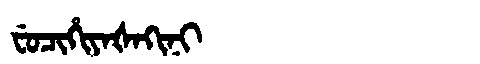
Manchu: ᠸᡠᠴᡳᡥᡳᠶᠠᡧᠠᡴᡳᠨᡳ
Romanization: FUCIHIYAŠAKINI